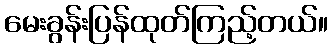
မေးခွန်းပြန်ထုတ်ကြည့်တယ်။